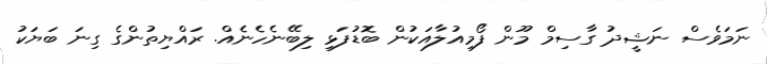
ނަމަވެސް ނަޝީދު ގާސިމް މޫން ފޯމިއުލާއަކުން ބޮޑުފަޅި ލިބޭނެހެނެއް. ރައްޔިތުންގެ ގިނަ ބަޔަކު